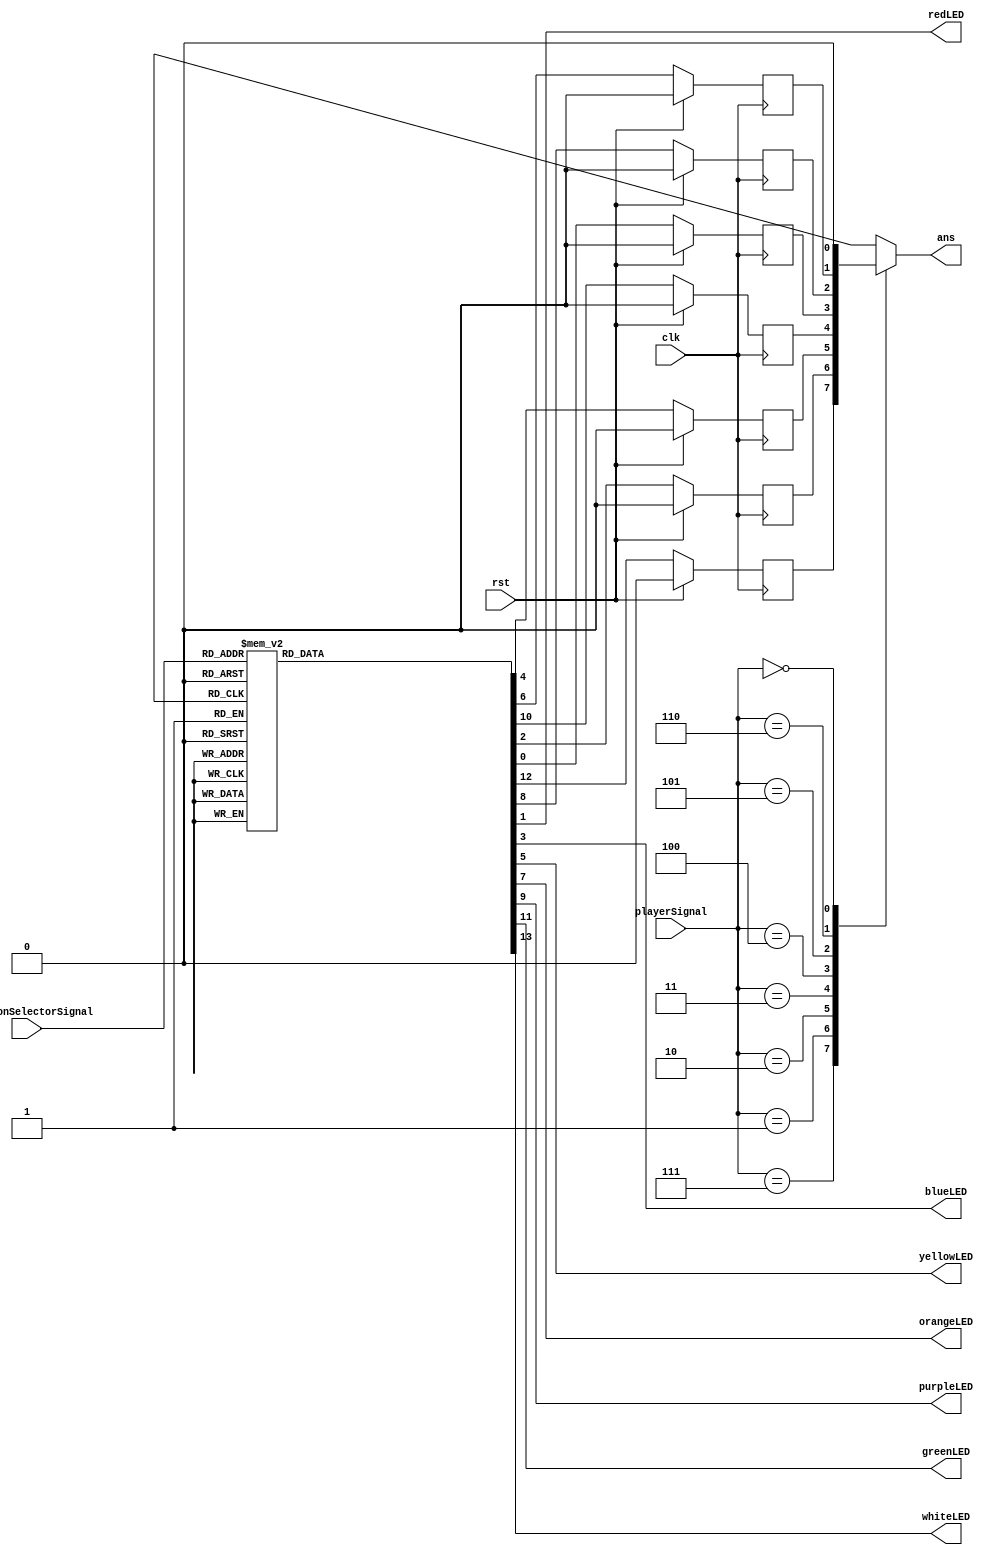
/*
   This file was generated automatically by Alchitry Labs version 1.1.6.
   Do not edit this file directly. Instead edit the original Lucid source.
   This is a temporary file and any changes made to it will be destroyed.
*/

module questionselector_5 (
    input [2:0] questionSelectorSignal,
    input [2:0] playerSignal,
    input rst,
    input clk,
    output reg ans,
    output reg redLED,
    output reg blueLED,
    output reg yellowLED,
    output reg orangeLED,
    output reg purpleLED,
    output reg greenLED,
    output reg whiteLED
  );
  
  
  
  reg M_red_d, M_red_q = 1'h0;
  
  reg M_blue_d, M_blue_q = 1'h0;
  
  reg M_yellow_d, M_yellow_q = 1'h0;
  
  reg M_orange_d, M_orange_q = 1'h0;
  
  reg M_purple_d, M_purple_q = 1'h0;
  
  reg M_green_d, M_green_q = 1'h0;
  
  reg M_white_d, M_white_q = 1'h0;
  
  always @* begin
    M_red_d = M_red_q;
    M_orange_d = M_orange_q;
    M_green_d = M_green_q;
    M_blue_d = M_blue_q;
    M_white_d = M_white_q;
    M_yellow_d = M_yellow_q;
    M_purple_d = M_purple_q;
    
    
    case (playerSignal)
      3'h7: begin
        ans = M_white_q;
      end
      3'h1: begin
        ans = M_blue_q;
      end
      3'h2: begin
        ans = M_yellow_q;
      end
      3'h3: begin
        ans = M_green_q;
      end
      3'h4: begin
        ans = M_red_q;
      end
      3'h5: begin
        ans = M_purple_q;
      end
      3'h6: begin
        ans = M_orange_q;
      end
      3'h0: begin
        ans = 1'h0;
      end
      default: begin
        ans = 1'h0;
      end
    endcase
    
    case (questionSelectorSignal)
      3'h7: begin
        M_red_d = 1'h0;
        redLED = 1'h0;
        M_blue_d = 1'h0;
        blueLED = 1'h0;
        M_yellow_d = 1'h0;
        yellowLED = 1'h0;
        M_orange_d = 1'h0;
        orangeLED = 1'h0;
        M_purple_d = 1'h0;
        purpleLED = 1'h0;
        M_green_d = 1'h0;
        greenLED = 1'h0;
        M_white_d = 1'h1;
        whiteLED = 1'h1;
      end
      3'h1: begin
        M_red_d = 1'h0;
        redLED = 1'h0;
        M_blue_d = 1'h1;
        blueLED = 1'h1;
        M_yellow_d = 1'h0;
        yellowLED = 1'h0;
        M_orange_d = 1'h0;
        orangeLED = 1'h0;
        M_purple_d = 1'h0;
        purpleLED = 1'h0;
        M_green_d = 1'h0;
        greenLED = 1'h0;
        M_white_d = 1'h0;
        whiteLED = 1'h0;
      end
      3'h2: begin
        M_red_d = 1'h0;
        redLED = 1'h0;
        M_blue_d = 1'h0;
        blueLED = 1'h0;
        M_yellow_d = 1'h1;
        yellowLED = 1'h1;
        M_orange_d = 1'h0;
        orangeLED = 1'h0;
        M_purple_d = 1'h0;
        purpleLED = 1'h0;
        M_green_d = 1'h0;
        greenLED = 1'h0;
        M_white_d = 1'h0;
        whiteLED = 1'h0;
      end
      3'h3: begin
        M_red_d = 1'h0;
        redLED = 1'h0;
        M_blue_d = 1'h0;
        blueLED = 1'h0;
        M_yellow_d = 1'h0;
        yellowLED = 1'h0;
        M_orange_d = 1'h0;
        orangeLED = 1'h0;
        M_purple_d = 1'h0;
        purpleLED = 1'h0;
        M_green_d = 1'h1;
        greenLED = 1'h1;
        M_white_d = 1'h0;
        whiteLED = 1'h0;
      end
      3'h4: begin
        M_red_d = 1'h1;
        redLED = 1'h1;
        M_blue_d = 1'h0;
        blueLED = 1'h0;
        M_yellow_d = 1'h0;
        yellowLED = 1'h0;
        M_orange_d = 1'h0;
        orangeLED = 1'h0;
        M_purple_d = 1'h0;
        purpleLED = 1'h0;
        M_green_d = 1'h0;
        greenLED = 1'h0;
        M_white_d = 1'h0;
        whiteLED = 1'h0;
      end
      3'h5: begin
        M_red_d = 1'h0;
        redLED = 1'h0;
        M_blue_d = 1'h0;
        blueLED = 1'h0;
        M_yellow_d = 1'h0;
        yellowLED = 1'h0;
        M_orange_d = 1'h0;
        orangeLED = 1'h0;
        M_purple_d = 1'h1;
        purpleLED = 1'h1;
        M_green_d = 1'h0;
        greenLED = 1'h0;
        M_white_d = 1'h0;
        whiteLED = 1'h0;
      end
      3'h6: begin
        M_red_d = 1'h0;
        redLED = 1'h0;
        M_blue_d = 1'h0;
        blueLED = 1'h0;
        M_yellow_d = 1'h0;
        yellowLED = 1'h0;
        M_orange_d = 1'h1;
        orangeLED = 1'h1;
        M_purple_d = 1'h0;
        purpleLED = 1'h0;
        M_green_d = 1'h0;
        greenLED = 1'h0;
        M_white_d = 1'h0;
        whiteLED = 1'h0;
      end
      3'h0: begin
        M_red_d = 1'h1;
        redLED = 1'h1;
        M_blue_d = 1'h1;
        blueLED = 1'h1;
        M_yellow_d = 1'h1;
        yellowLED = 1'h1;
        M_orange_d = 1'h1;
        orangeLED = 1'h1;
        M_purple_d = 1'h1;
        purpleLED = 1'h1;
        M_green_d = 1'h1;
        greenLED = 1'h1;
        M_white_d = 1'h1;
        whiteLED = 1'h1;
      end
      default: begin
        M_red_d = 1'h0;
        redLED = 1'h0;
        M_blue_d = 1'h0;
        blueLED = 1'h0;
        M_yellow_d = 1'h0;
        yellowLED = 1'h0;
        M_orange_d = 1'h0;
        orangeLED = 1'h0;
        M_purple_d = 1'h0;
        purpleLED = 1'h0;
        M_green_d = 1'h0;
        greenLED = 1'h0;
        M_white_d = 1'h0;
        whiteLED = 1'h0;
      end
    endcase
  end
  
  always @(posedge clk) begin
    if (rst == 1'b1) begin
      M_purple_q <= 1'h0;
    end else begin
      M_purple_q <= M_purple_d;
    end
  end
  
  
  always @(posedge clk) begin
    if (rst == 1'b1) begin
      M_white_q <= 1'h0;
    end else begin
      M_white_q <= M_white_d;
    end
  end
  
  
  always @(posedge clk) begin
    if (rst == 1'b1) begin
      M_red_q <= 1'h0;
    end else begin
      M_red_q <= M_red_d;
    end
  end
  
  
  always @(posedge clk) begin
    if (rst == 1'b1) begin
      M_blue_q <= 1'h0;
    end else begin
      M_blue_q <= M_blue_d;
    end
  end
  
  
  always @(posedge clk) begin
    if (rst == 1'b1) begin
      M_green_q <= 1'h0;
    end else begin
      M_green_q <= M_green_d;
    end
  end
  
  
  always @(posedge clk) begin
    if (rst == 1'b1) begin
      M_orange_q <= 1'h0;
    end else begin
      M_orange_q <= M_orange_d;
    end
  end
  
  
  always @(posedge clk) begin
    if (rst == 1'b1) begin
      M_yellow_q <= 1'h0;
    end else begin
      M_yellow_q <= M_yellow_d;
    end
  end
  
endmodule